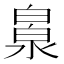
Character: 𣹻